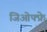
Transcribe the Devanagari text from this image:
जिओफ्फ्रे